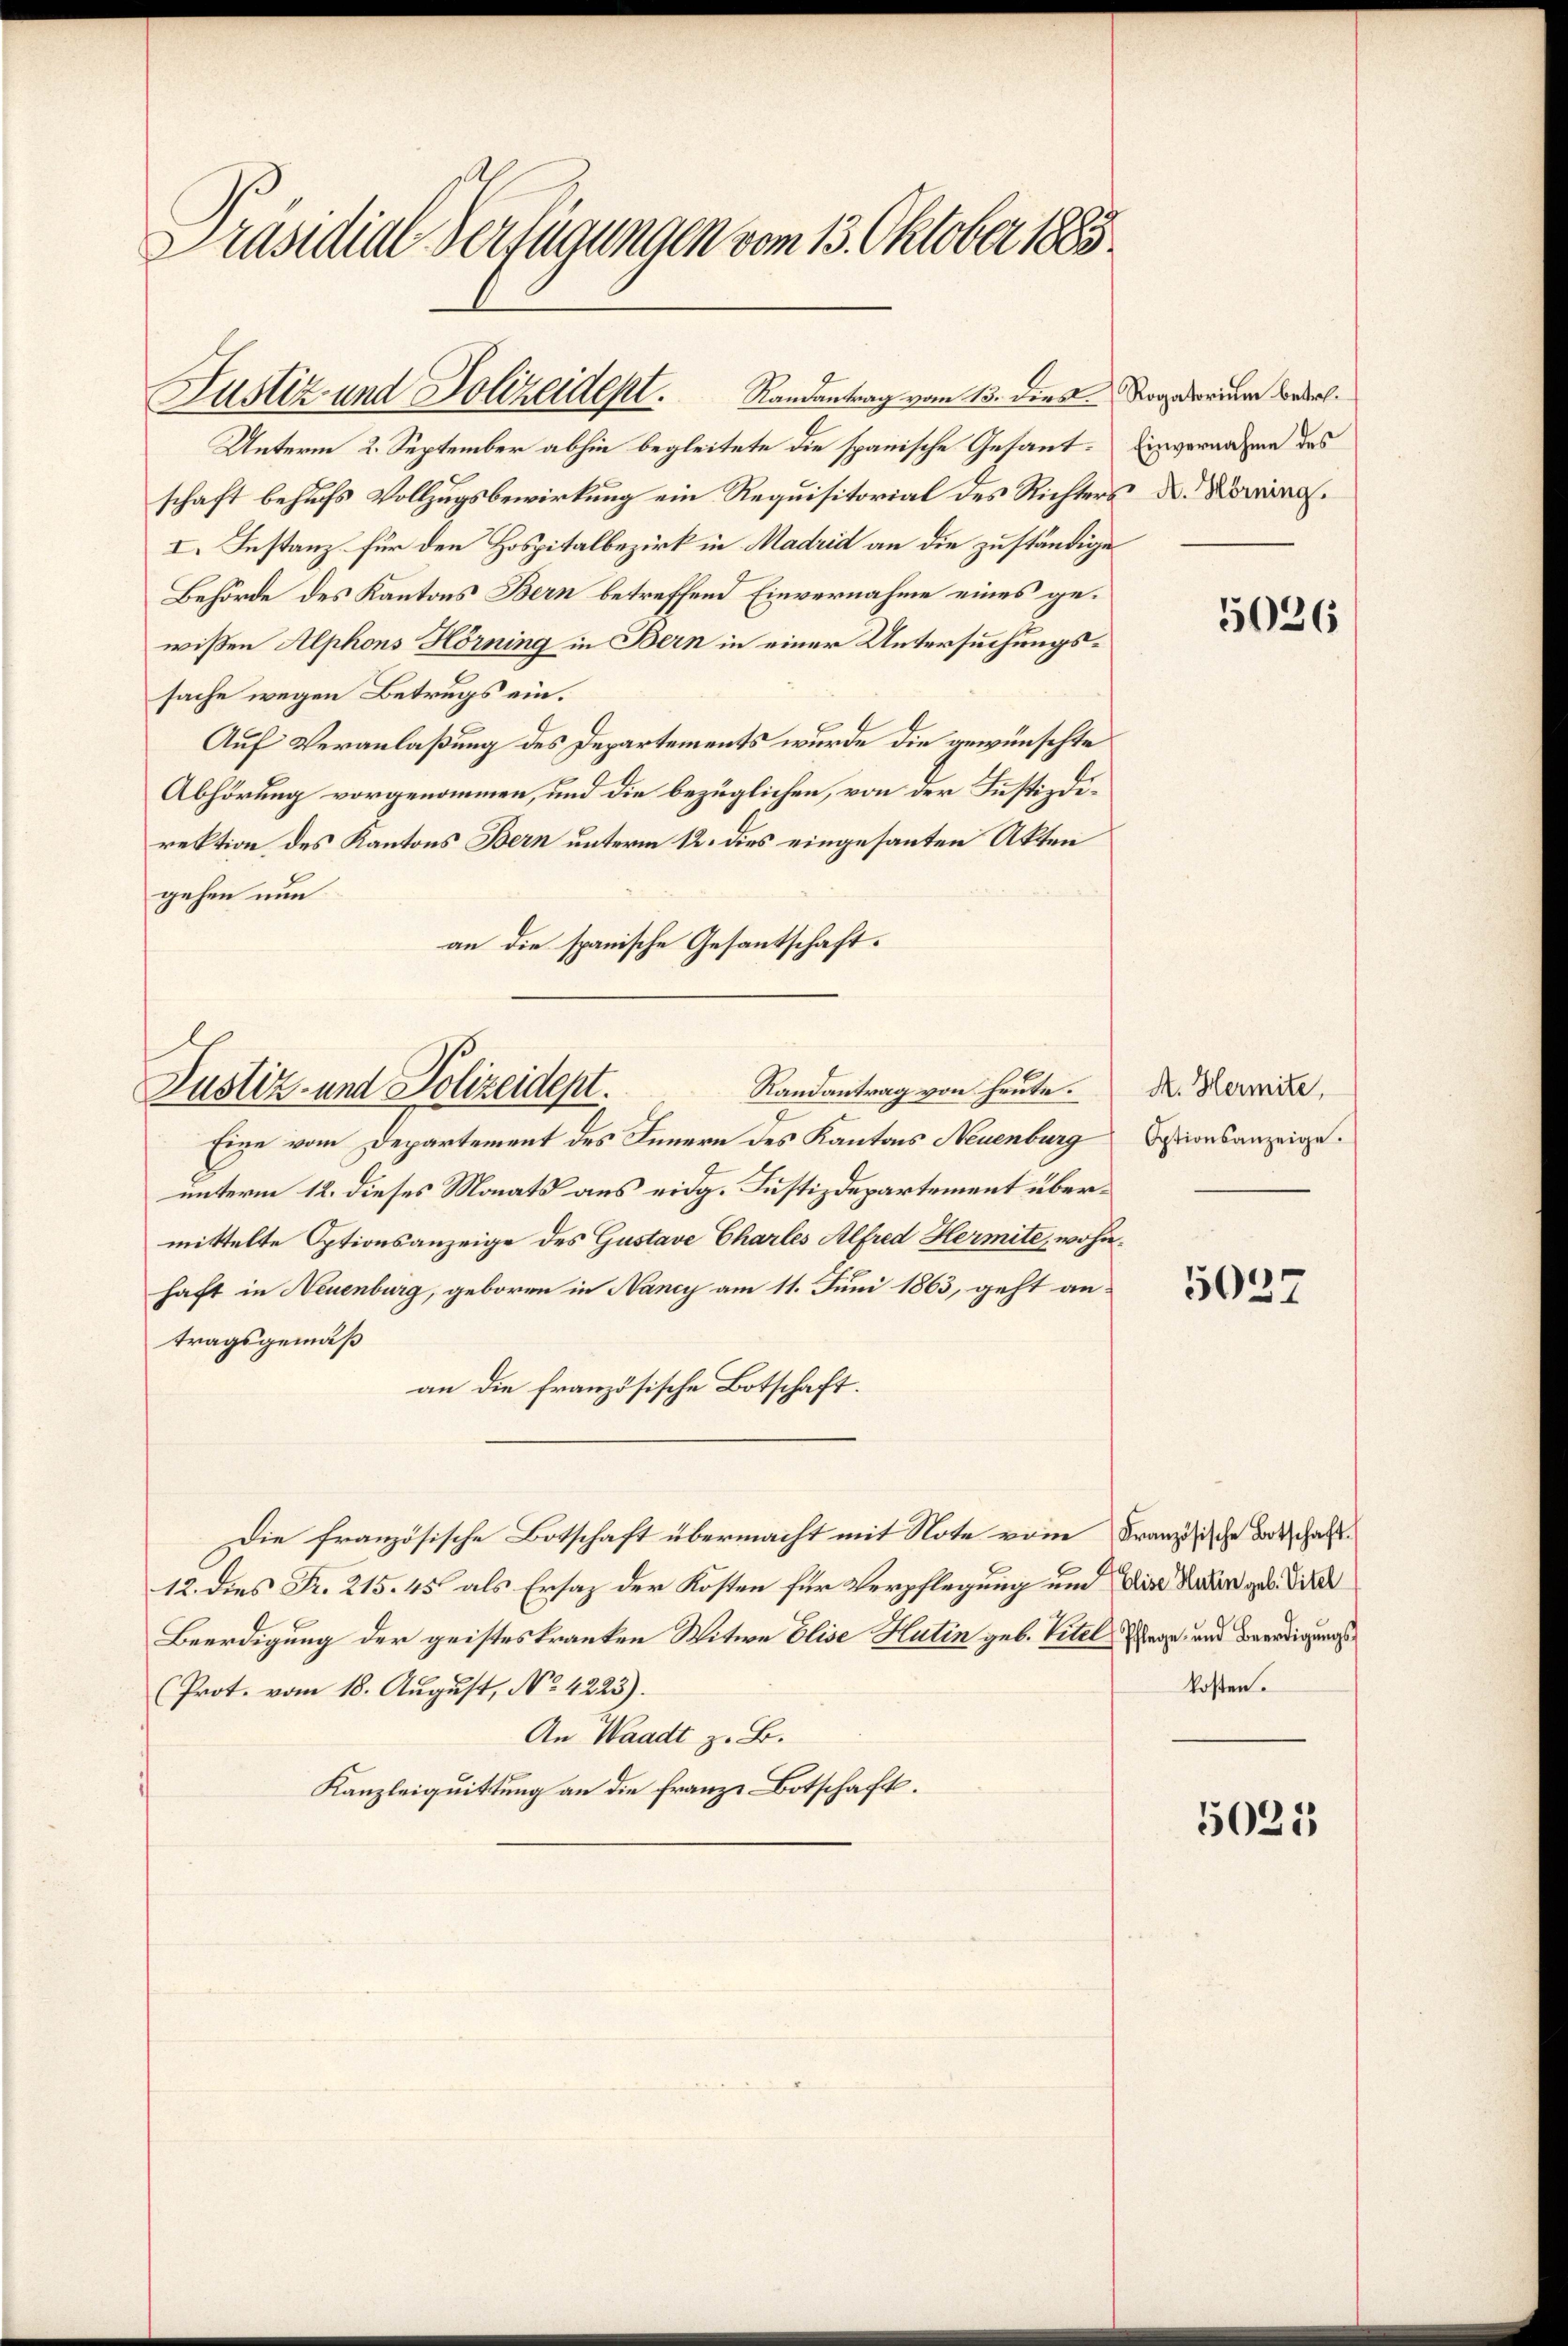
Präsidial-Verfügungen vom 13. Oktober 1883.

Justiz und Polizeidept. Randantrag vom 13. dies

Justiz- und Polizeidept.

Unterm 2. September abhin begleitete die spanische Gesantschaft behufs Vollzugsbewirkung ein Requisitorial des Richters
I. Instanz für den Hospitalbezirk in Madrid an die zuständigen
Behörde des Kantons Bern betreffend Einvernahme eines gewißen Alphons Hörning in Bern in einer Untersuchungssache wegen Betrugs ein.
Auf Veranlaßung des Departements wurde die gewünschte
Abhörung vorgenommen, und die bezüglichen, von der Justizdirektion des Kantons Bern unterm 12. dies eingesanten Akten
gehen nun
an die spanische Gesantschaft.
Randantrag von heute.
Eine vom Departement des Innern des Kantons Neuenburg
unterm 12. dieses Monats aus eidg. Justizdepartement übermittelte Optionsanzeige des Gustave Charles Alfred Hermite, wohnhaft in Neuenburg, geboren in Nancy am 11. Juni 1863, geht an-
tragsgemäß
an die französische Botschaft.
Die französische Botschaft übermacht mit Note vom Französische Botschafts¬
12. dies Fr. 215. 45 als Ersatz der Kosten für Verpflegung und die Kaden geb. Direk
Beerdigung der geisteskranken Witwe Elise Hutin geb. Titel Graz und Beredigungs¬
(Prot. vom 18. August, No. 4223).
An Waadt z. B.
Kanzleiquittung an die Franze Botschaft.

Rogatorium betre¬
Einvernahme des
A. Hörning.

5026

A. Hermite,
Optionsanzeige.

5027

kosten.

5025